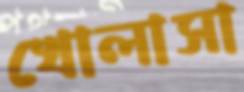
খোলাসা